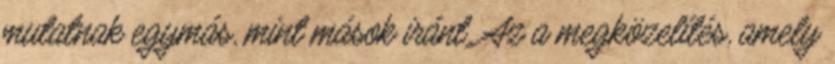
mutatnak egymás, mint mások iránt. Az a megközelítés, amely